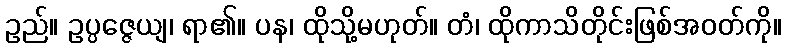
ဥည်။ ဥပ္ပဇ္ဇေယျ၊ ရာ၏။ ပန၊ ထိုသို့မဟုတ်။ တံ၊ ထိုကာသိတိုင်းဖြစ်အဝတ်ကို။